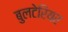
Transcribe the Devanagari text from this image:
बुलटेरियर